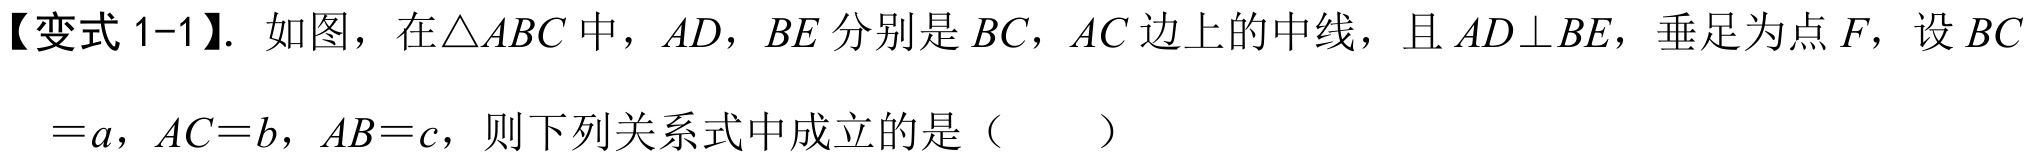
【变式1-1】. 如图，在$\triangle ABC$中，$AD$，$BE$分别是$BC$，$AC$边上的中线，且$AD\perp BE$，垂足为点$F$，设$BC$
$=a$，$AC = b$，$AB = c$，则下列关系式中成立的是（  ）